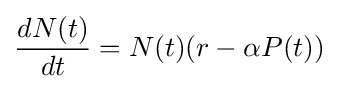
{\frac {dN(t)}{dt}}=N(t)(r-\alpha P(t))